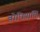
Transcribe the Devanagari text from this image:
बोधिप्राप्ति